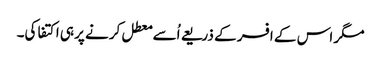
مگر اس کے افسر کے ذریعے اُسے معطل کرنے پر ہی اکتفا کی۔